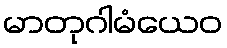
မာတုဂါမံယေဝ